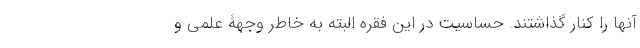
آنها را کنار گذاشتند. حساسیت در این فقره البته به خاطر وجهۀ علمی و